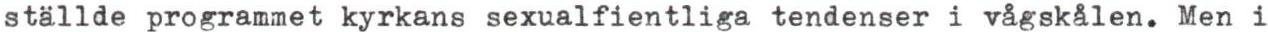
ställde programmet kyrkans sexualfientliga tendenser i vågskålen. Men i